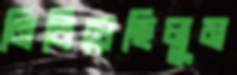
নিবিয়েছিলুম